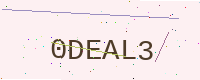
Text: 0DEAL3